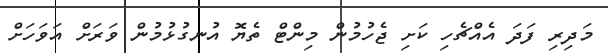
މަދިރި ފަދަ އެއްޗެހި ކަށި ޖެހުމުން މިންޓް ތެޔޮ އުނގުޅުމުން ވަރަށް އަވަހަށް